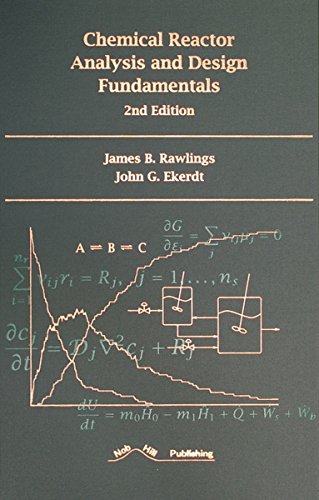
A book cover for Chemical Reactor Analysis and Design Fundamentals; James B. Rawlings; Engineering & Transportation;